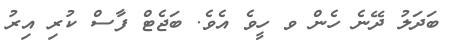
ބަދަލު ދޭނެ ހެން ވ ހީވެ އެވެ. ބަޖެޓް ފާސް ކުރި އިރު